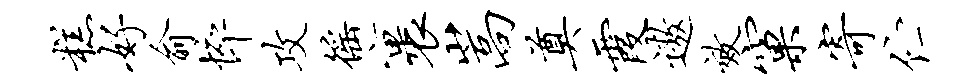
糕好俞悴攻徭裹嵩奠霞遨效窠寄伫